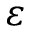
\varepsilon